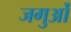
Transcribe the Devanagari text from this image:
जगुओं